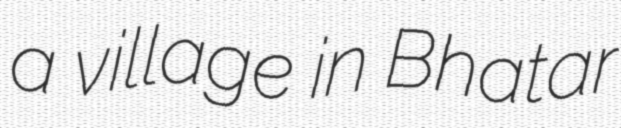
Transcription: a village in Bhatar